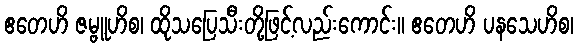
ဧတေဟိ ဇမ္ဗူဟိစ၊ ထိုသပြေသီးတို့ဖြင့်လည်းကောင်း။ ဧတေဟိ ပနသေဟိစ၊